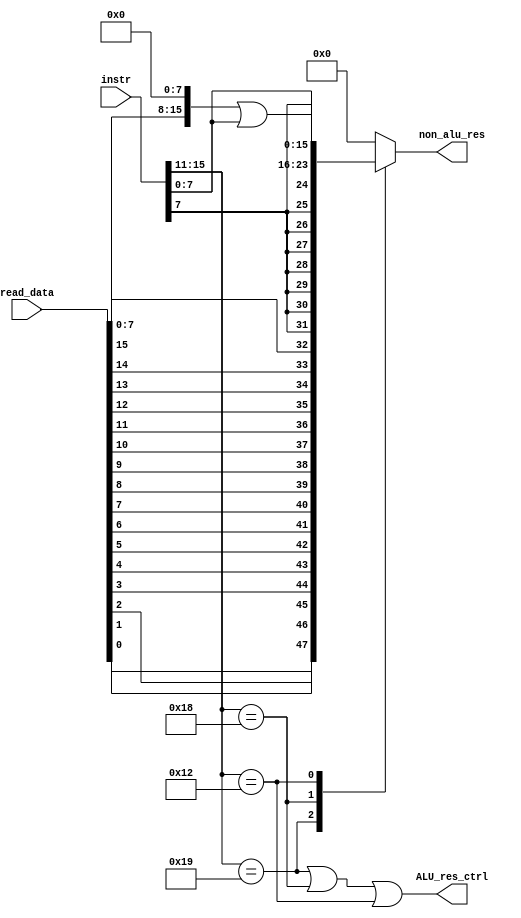
module non_alu(read_data, instr, non_alu_res, ALU_res_ctrl);

	input [15:0] read_data;
	input [15:0] instr;
	output reg [15:0] non_alu_res;
	output ALU_res_ctrl;

	assign ALU_res_ctrl = (instr[15:11] == 5'b11001) || (instr[15:11] == 5'b11000) || (instr[15:11] == 5'b10010);
	
	always @ (*) begin
	
		non_alu_res = 16'h0000;
	
		casex(instr[15:11])
			
			// BTR
			5'b11001: begin
				non_alu_res = {read_data[0], read_data[1], read_data[2], read_data[3], 
						read_data[4], read_data[5], read_data[6], read_data[7], 
						read_data[8], read_data[9], read_data[10], read_data[11], 
						read_data[12], read_data[13], read_data[14], read_data[15]}	;
			end
			
			//LBI
			5'b11000: begin
				non_alu_res = {{8{instr[7]}}, instr[7:0]};
			end
			
			//SLBI
			5'b10010: begin
				non_alu_res = {read_data[7:0], {8{1'b0}}} | {{8{1'b0}}, instr[7:0]};
			end
			
		endcase
	end
	
endmodule